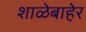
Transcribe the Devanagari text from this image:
शाळेबाहेर